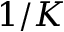
1 / K